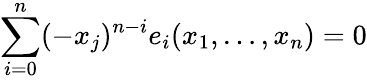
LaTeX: \sum_{i=0}^{n}(-x_{j})^{n-i}e_{i}(x_{1},\dotsc,x_{n})=0